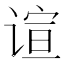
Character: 𬤎